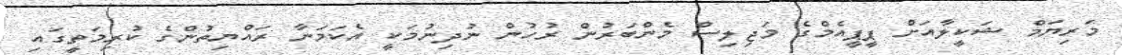
މަރިޔަމް ޝަކީލާއަށް ޕީޕީއެމްގެ މަޖިލިސް މެންބަރުން ރުހުން ނުދިނުމަކީ އެކަމަނާ ރައްޔިތުންގެ ކުރިމަތީގައި